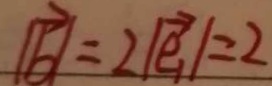
\vert \overrightarrow { b } \vert = 2 \vert \overrightarrow { e _ { 1 } } \vert = 2